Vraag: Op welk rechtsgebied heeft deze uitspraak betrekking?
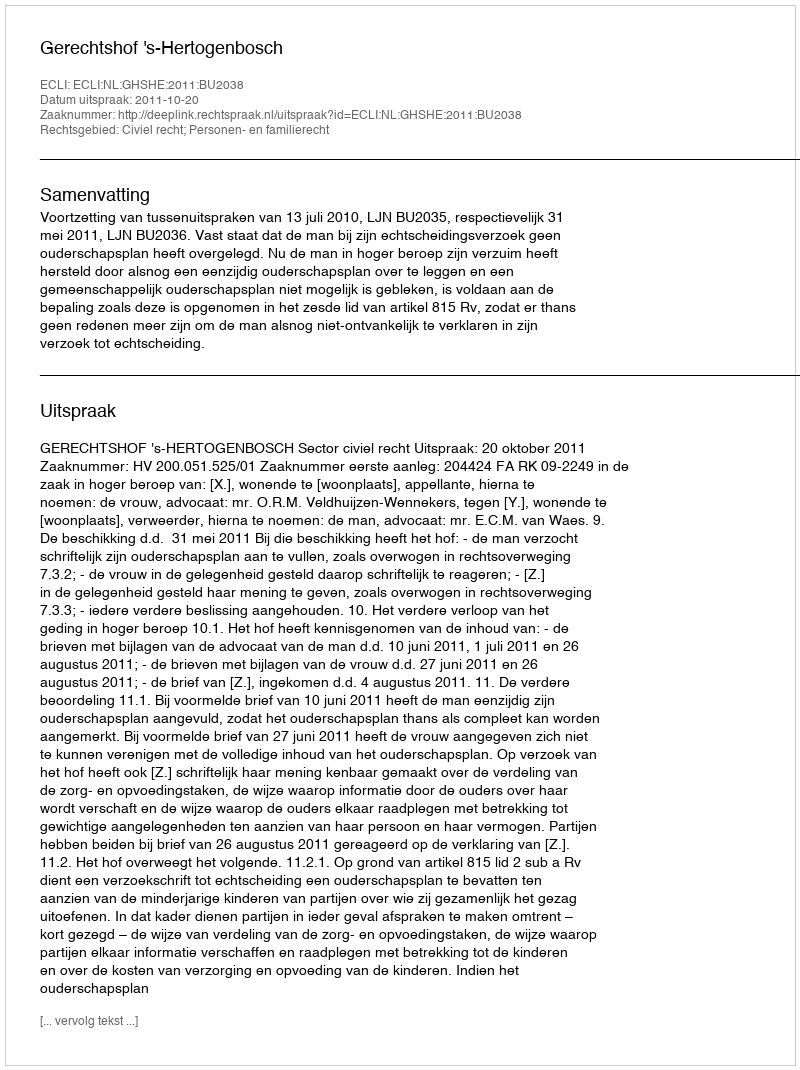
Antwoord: Civiel recht; Personen- en familierecht